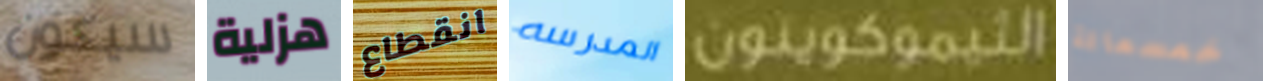
سيكون هزلية انقطاع المدرسه الثيموكوينون خمسمائة